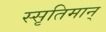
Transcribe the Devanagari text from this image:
स्सृतिमान्